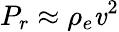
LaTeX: P_{r}\approx\rho_{e}\mathit{v}^{2}